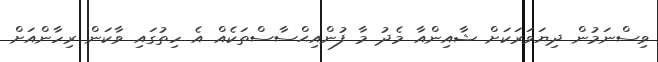
ވިސްނަމުން ދިޔަވަރަކަށް ޝާއިންއާ މެދު މާ ފުންއިޙްސާސްތަކެއް އެ ހިތުގައި ވާކަން ރިހާންއަށް